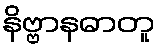
နိဗ္ဗာနဓာတူ